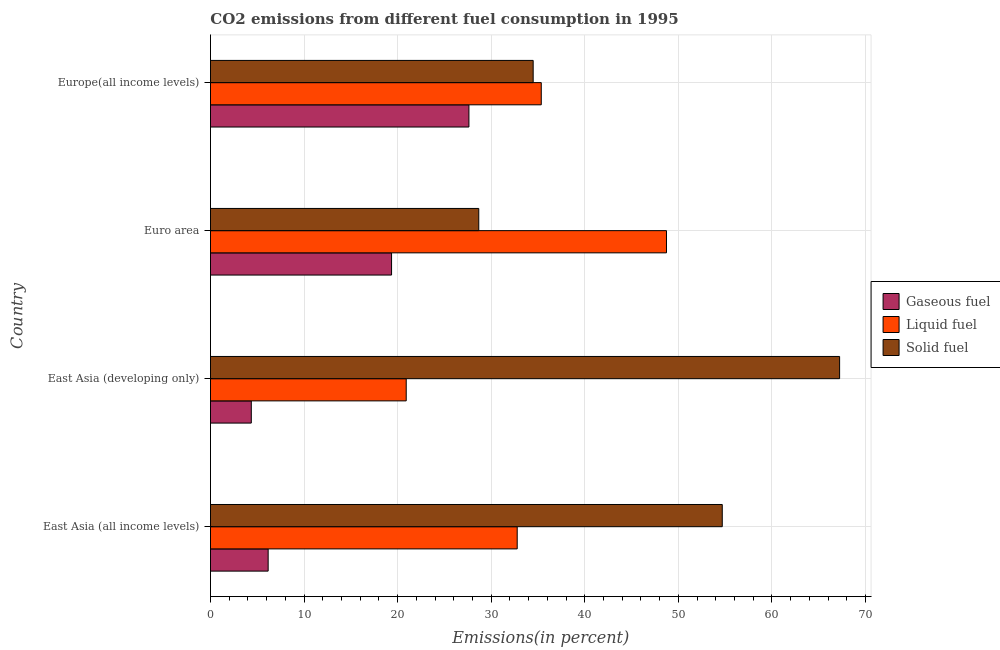
| Country | Gaseous fuel | Liquid fuel | Solid fuel |
 | --- | --- | --- | --- |
 | East Asia (all income levels) | 6.16 | 32.8 | 54.7 |
 | East Asia (developing only) | 4.36 | 20.9 | 67.2 |
 | Euro area | 19.4 | 48.7 | 28.7 |
 | Europe(all income levels) | 27.6 | 35.4 | 34.5 |